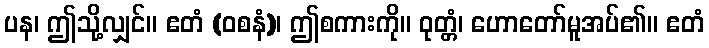
ပန၊ ဤသို့လျှင်။ ဧတံ (ဝစနံ)၊ ဤစကားကို။ ဝုတ္တံ၊ ဟောတော်မူအပ်၏။ ဧတံ